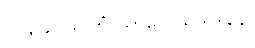
၁၁၃၄။ သတြံ ယာဂေ သဒါဒါနေ၊